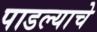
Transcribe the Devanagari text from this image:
पाडल्याचे